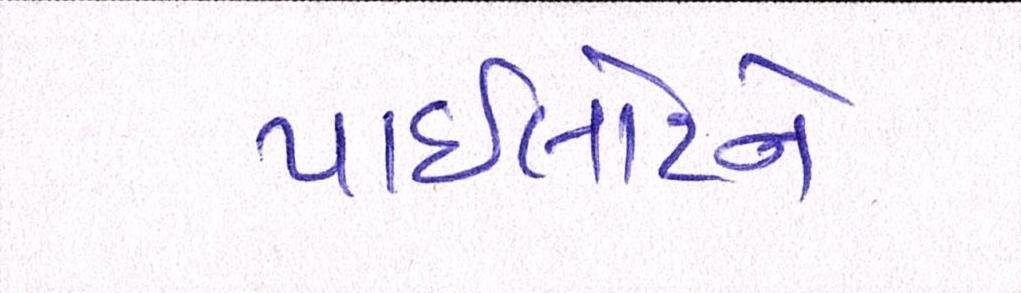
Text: પાઈલોટને